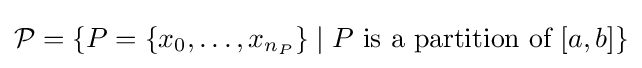
{\mathcal {P}}=\left\{P=\{x_{0},\dots ,x_{n_{P}}\}\mid P{\text{ is a partition of }}[a,b]\right\}